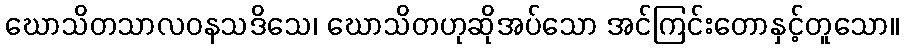
ဃောသိတသာလဝနသဒိသေ၊ ဃောသိတဟုဆိုအပ်သော အင်ကြင်းတောနှင့်တူသော။